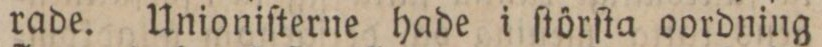
rade. Unioniſterne hade i ſtörſta oordning